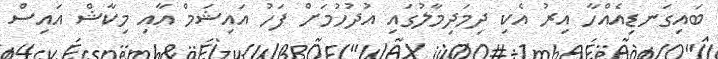
ބައިގަނޑިއެއްހާ އިރު އެކި ދިމަދިމާލުގައި އުދުހުމަށް ފަހު އައިޝަމް އާއި މިކާޝް އައިސް